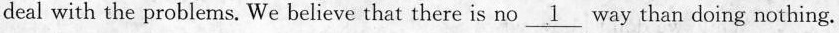
deal with the problems. We believe that there is no \underline{1} way than doing nothing.